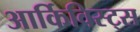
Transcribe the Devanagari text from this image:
आर्किविस्ट्स